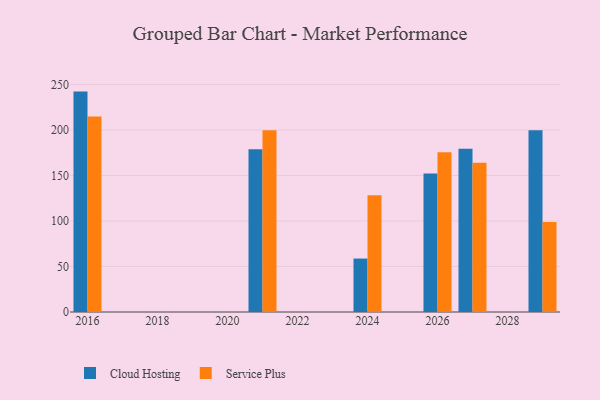
{"axis": {"x": "Year", "y": "Energy Usage (MWh)"}, "legend": ["Cloud Hosting", "Service Plus"], "data": [{"x": "2021", "y": 178.8, "type": "Cloud Hosting"}, {"x": "2021", "y": 199.7, "type": "Service Plus"}, {"x": "2016", "y": 242.1, "type": "Cloud Hosting"}, {"x": "2016", "y": 214.7, "type": "Service Plus"}, {"x": "2026", "y": 152.0, "type": "Cloud Hosting"}, {"x": "2026", "y": 175.5, "type": "Service Plus"}, {"x": "2027", "y": 179.3, "type": "Cloud Hosting"}, {"x": "2027", "y": 164.0, "type": "Service Plus"}, {"x": "2029", "y": 199.7, "type": "Cloud Hosting"}, {"x": "2029", "y": 98.8, "type": "Service Plus"}, {"x": "2024", "y": 58.7, "type": "Cloud Hosting"}, {"x": "2024", "y": 128.2, "type": "Service Plus"}]}